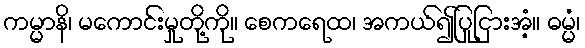
ကမ္မာနိ၊ မကောင်းမှုတို့ကို။ စေကရေထ၊ အကယ်၍ပြုငြားအံ့။ ဓမ္မံ၊